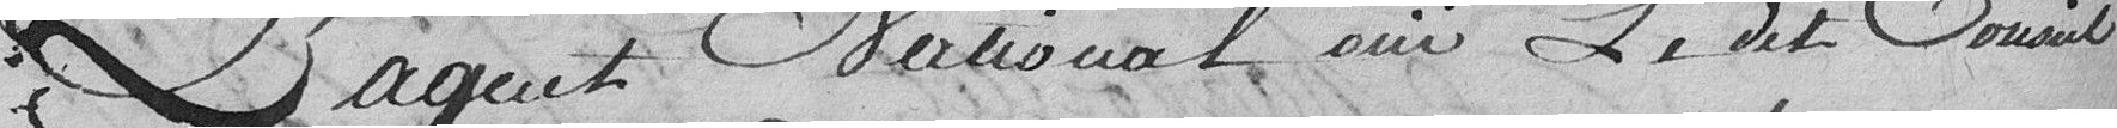
L'agent National ouï ledit Conseil